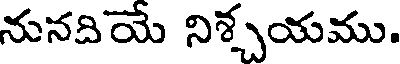
నునదియే నిశ్చయము.